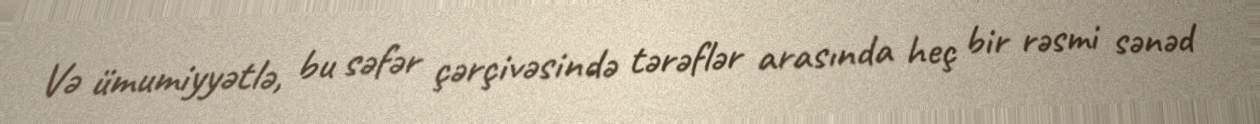
Və ümumiyyətlə, bu səfər çərçivəsində tərəflər arasında heç bir rəsmi sənəd